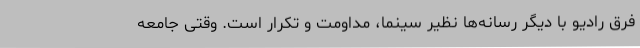
فرق رادیو با دیگر رسانه‌ها نظیر سینما، مداومت و تکرار است. وقتی جامعه